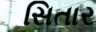
સિતાર